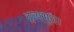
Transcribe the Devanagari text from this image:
द्रव्यभूत।